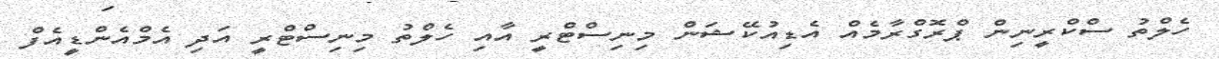
ހެލްތު ސްކްރީނިން ޕްރޮގްރާމެއް އެޑިއުކޭޝަން މިނިސްޓްރީ އާއި ހެލްތު މިނިސްޓްރީ އަދި އެމްއެންޑީއެފް